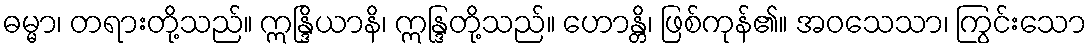
ဓမ္မာ၊ တရားတို့သည်။ ဣန္ဒြိယာနိ၊ ဣန္ဒြတို့သည်။ ဟောန္တိ၊ ဖြစ်ကုန်၏။ အဝသေသာ၊ ကြွင်းသော